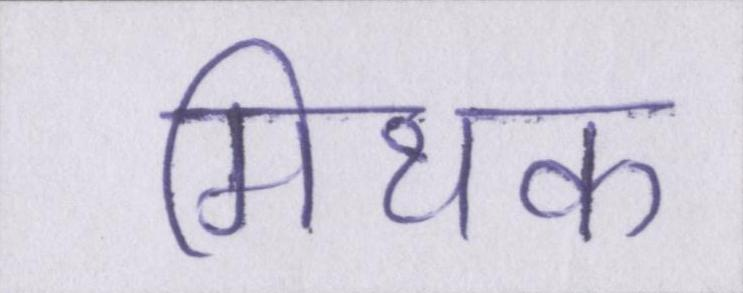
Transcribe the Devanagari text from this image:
मिथक